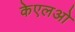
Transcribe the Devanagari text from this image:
केएलओ